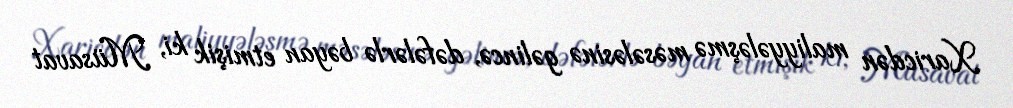
Xaricdən maliyyələşmə məsələsinə gəlincə, dəfələrlə bəyan etmişik ki, Müsavat